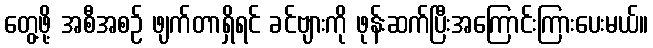
တွေ့ဖို့ အစီအစဉ် ဖျက်တာရှိရင် ခင်ဗျားကို ဖုန်းဆက်ပြီးအကြောင်းကြားပေးမယ်။